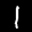
Label: 1